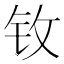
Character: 𮷺